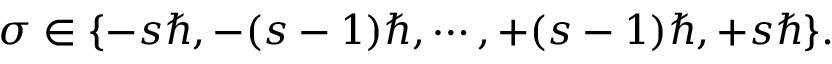
\sigma \in \{ - s \hbar , - ( s - 1 ) \hbar , \cdots , + ( s - 1 ) \hbar , + s \hbar \} .